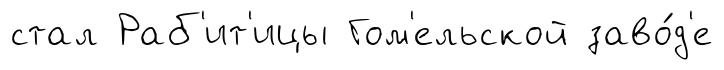
стал Раб'ит'ицы Гом'ельской заво́д'е